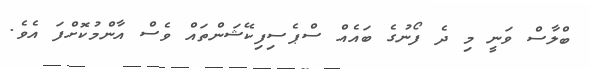
ބްލާސް ވަނީ މި ދެ ފޯނުގެ ބައެއް ސްޕެސިފިކޭޝަންތައް ވެސް އާންމުކޮށްފަ އެވެ.